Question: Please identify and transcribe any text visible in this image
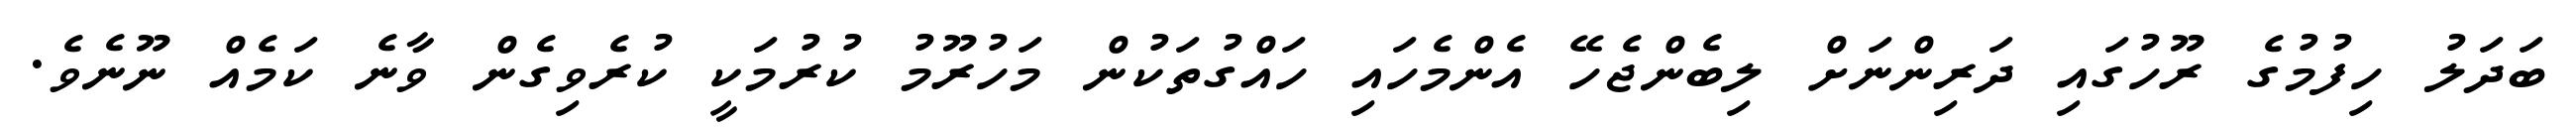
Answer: ބަދަލު ހިފުމުގެ ރޫހުގައި ދަރިންނަށް ލިބެންޖެހޭ އެންމެހައި ހައްގުތަކުން މަހުރޫމު ކުރުމަކީ ކުރެވިގެން ވާނެ ކަމެއް ނޫނެވެ.